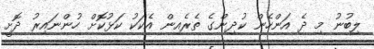
ލިބުނު މި ދެ އަންހެން ކުދިންގެ ތެރެއިން އެކަކު ކަޅުކޮށް ހުންނައިރު ދޮށީ